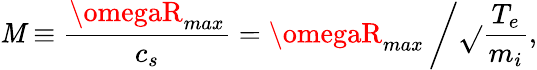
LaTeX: \mathit{M}\equiv\frac{{\omegaR_{max}}}{{c_{s}}}=\omegaR_{max}\left/\sqrt{}{{\frac{{T_{e}}}{{m_{i}}}}}\right.,